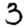
Digit: 3